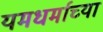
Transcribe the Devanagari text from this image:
यमधर्माच्या